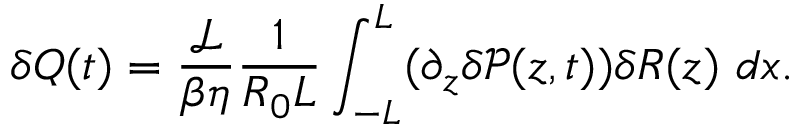
\delta Q ( t ) = \frac { \mathcal { L } } { \beta \eta } \frac { 1 } { R _ { 0 } L } \int _ { - L } ^ { L } ( \partial _ { z } \delta \mathcal { P } ( z , t ) ) \delta R ( z ) \ d x .